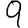
Digit: 9